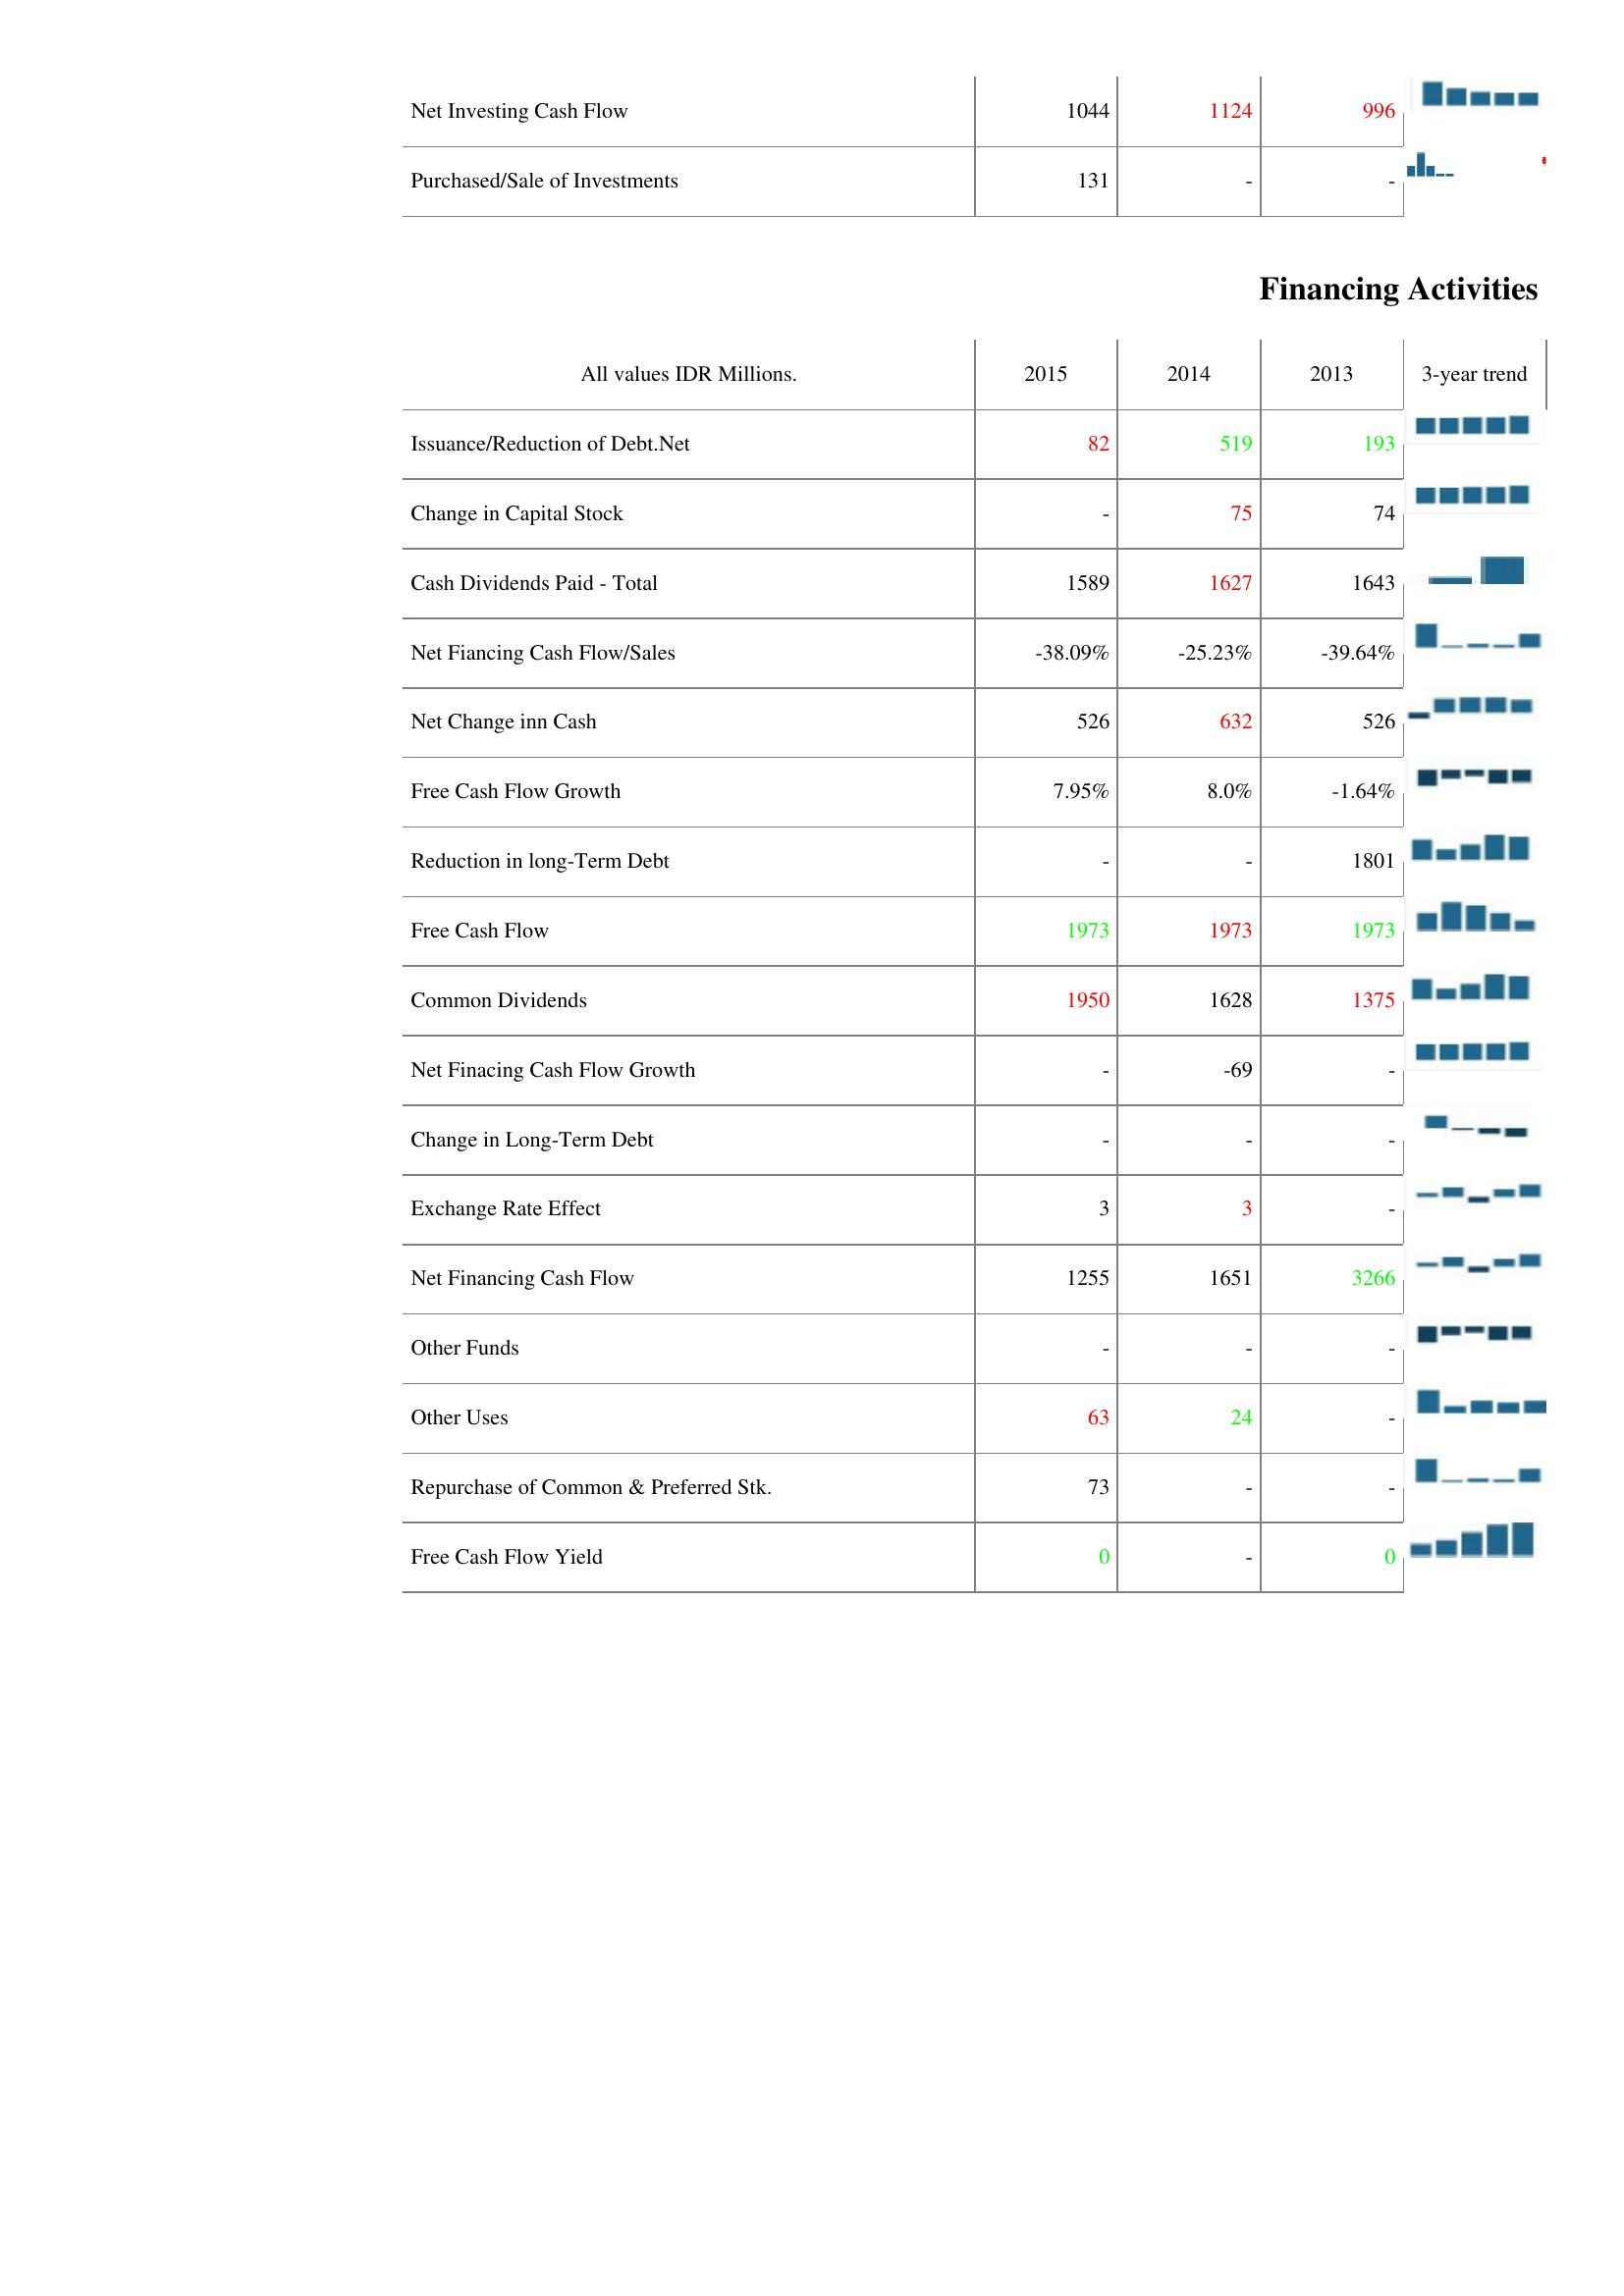
2015: Investing Activities: Net Investing Cash Flow: 1044
Purchased/Sale of Investments: 131
Financing Activities: Issuance/Reduction of Debt.Net: 82
Change in Capital Stock: -
Cash Dividends Paid - Total: 1589
Net Fiancing Cash Flow/Sales: -38.09%
Net Change inn Cash: 526
Free Cash Flow Growth: 7.95%
Reduction in long-Term Debt: -
Free Cash Flow: 1973
Common Dividends: 1950
Net Finacing Cash Flow Growth: -
Change in Long-Term Debt: -
Exchange Rate Effect: 3
Net Financing Cash Flow: 1255
Other Funds: -
Other Uses: 63
Repurchase of Common & Preferred Stk.: 73
Free Cash Flow Yield: 0
2014: Investing Activities: Net Investing Cash Flow: 1124
Purchased/Sale of Investments: -
Financing Activities: Issuance/Reduction of Debt.Net: 519
Change in Capital Stock: 75
Cash Dividends Paid - Total: 1627
Net Fiancing Cash Flow/Sales: -25.23%
Net Change inn Cash: 632
Free Cash Flow Growth: 8.0%
Reduction in long-Term Debt: -
Free Cash Flow: 1973
Common Dividends: 1628
Net Finacing Cash Flow Growth: -69
Change in Long-Term Debt: -
Exchange Rate Effect: 3
Net Financing Cash Flow: 1651
Other Funds: -
Other Uses: 24
Repurchase of Common & Preferred Stk.: -
Free Cash Flow Yield: -
2013: Investing Activities: Net Investing Cash Flow: 996
Purchased/Sale of Investments: -
Financing Activities: Issuance/Reduction of Debt.Net: 193
Change in Capital Stock: 74
Cash Dividends Paid - Total: 1643
Net Fiancing Cash Flow/Sales: -39.64%
Net Change inn Cash: 526
Free Cash Flow Growth: -1.64%
Reduction in long-Term Debt: 1801
Free Cash Flow: 1973
Common Dividends: 1375
Net Finacing Cash Flow Growth: -
Change in Long-Term Debt: -
Exchange Rate Effect: -
Net Financing Cash Flow: 3266
Other Funds: -
Other Uses: -
Repurchase of Common & Preferred Stk.: -
Free Cash Flow Yield: 0